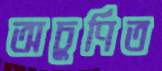
অচুর্ণিত